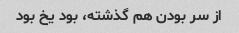
از سر بودن هم گذشته، بود یخ بود